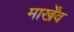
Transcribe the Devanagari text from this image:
मार्खेंव